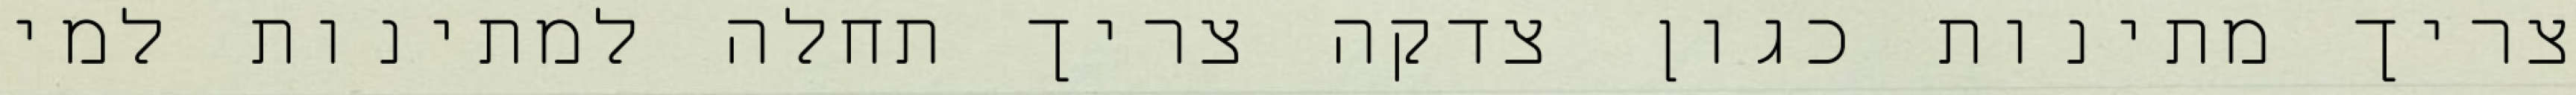
צריך מתינות כגון צדקה צריך תחלה למתינות למי